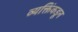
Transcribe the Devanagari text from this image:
व्यक्तिंकडून